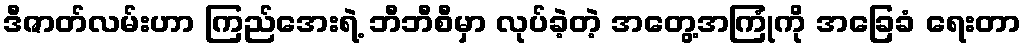
ဒီဇာတ်လမ်းဟာ ကြည်အေးရဲ့ ဘီဘီစီမှာ လုပ်ခဲ့တဲ့ အတွေ့အကြုံကို အခြေခံ ရေးတာ